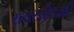
રાચરચીલાથી